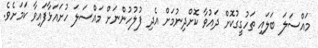
މައްސަލަ ބަލައި ތަހުގީގުކޮށް ދައުވާ ކޮށްދިނުމަށް އެދި ފުލުހުންނަށް މައްސަލަ ހުށައަޅާފައިވާ ކަމަށެވެ.